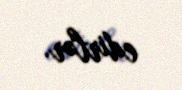
edirlər.